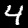
Digit: 4